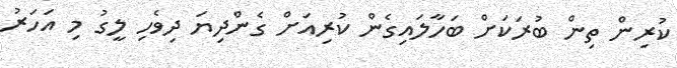
ކުރިން ތިން ބުރަކަށް ބަހާލައިގެން ކުރިއަށް ގެންދިޔަ ދިވެހި ލީގު މި އަހަރު